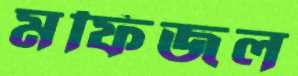
মফিজল